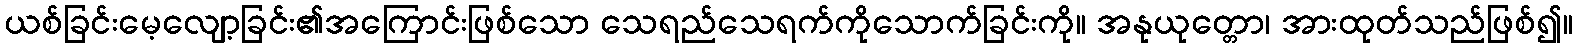
ယစ်ခြင်းမေ့လျော့ခြင်း၏အကြောင်းဖြစ်သော သေရည်သေရက်ကိုသောက်ခြင်းကို။ အနုယုတ္တော၊ အားထုတ်သည်ဖြစ်၍။